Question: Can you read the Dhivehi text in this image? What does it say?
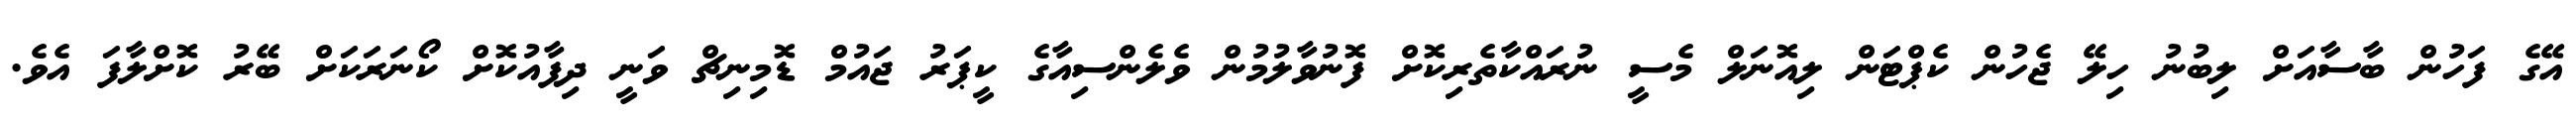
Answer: އޭގެ ފަހުން ބާސާއަށް ލިބުނު ހިލޭ ޖެހުން ކެޕްޓަން ލިއޮނަލް މެސީ ނުރައްކާތެރިކޮށް ފޮނުވާލުމުން ވެލެންސިއާގެ ކީޕަރު ޖައުމް ޑޮމިނިޗް ވަނީ ދިފާއުކޮށް ކޯނަރަކަށް ބޭރު ކޮށްލާފަ އެވެ.